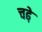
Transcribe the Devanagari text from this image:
चढे़